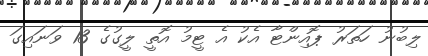
ލިބުނު ހަތަރު ޕޮއިންޓާ އެކު އެ ޓީމު އޮތީ ލީގުގެ 13 ވަނައިގަ